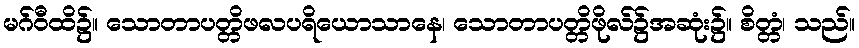
မဂ်ဝီထိ၌။ သောတာပတ္တိဖလပရိယောသာနေ၊ သောတာပတ္တိဖိုလ်၌အဆုံး၌။ စိတ္တံ၊ သည်။